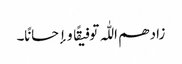
زادھم اللّٰہ توفیقًا و إحسانًا۔